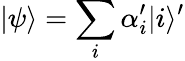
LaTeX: |\psi\rangle=\sum_{i}\alpha_{i}^{\prime}|i\rangle^{\prime}